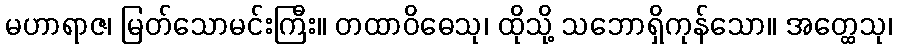
မဟာရာဇ၊ မြတ်သောမင်းကြီး။ တထာဝိဓေသု၊ ထိုသို့ သဘောရှိကုန်သော။ အတ္ထေသု၊